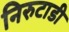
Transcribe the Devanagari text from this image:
निरुटाडी